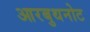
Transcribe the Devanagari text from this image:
आरबुथनोट